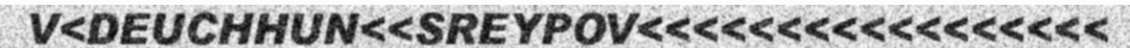
V<DEUCHHUN<<SREYPOV<<<<<<<<<<<<<<<<<